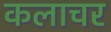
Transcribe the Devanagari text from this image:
कलाचर